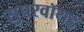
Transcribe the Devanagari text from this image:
सुपरवॉयड